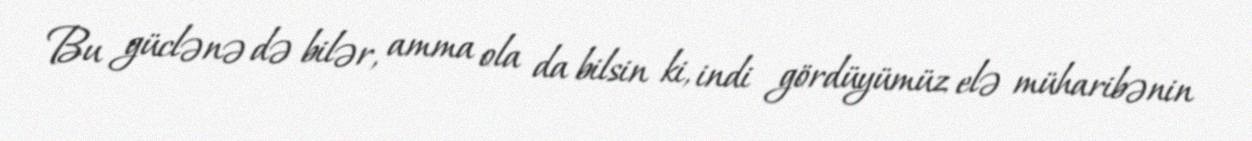
Bu güclənə də bilər, amma ola da bilsin ki, indi gördüyümüz elə müharibənin